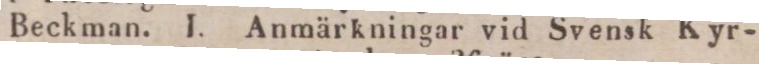
Beckman. I. Anmärkningar vid Svensk Kyr-